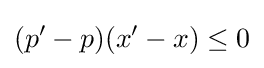
(p'-p)(x'-x)\leq 0